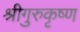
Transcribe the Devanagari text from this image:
श्रीगुरुकृष्ण